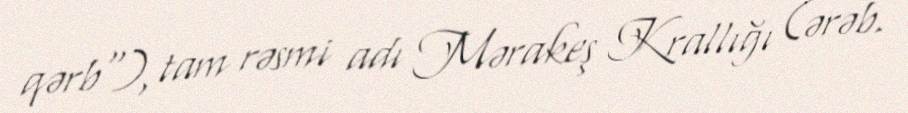
qərb"), tam rəsmi adı Mərakeş Krallığı (ərəb.